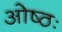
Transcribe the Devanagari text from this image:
ओष्ठः